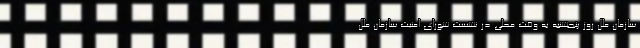
سازمان ملل روز پنجشنبه به وقت محلی در نشست شورای امنیت سازمان ملل